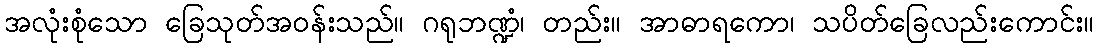
အလုံးစုံသော ခြေသုတ်အဝန်းသည်။ ဂရုဘဏ္ဍံ၊ တည်း။ အာဓာရကော၊ သပိတ်ခြေလည်းကောင်း။